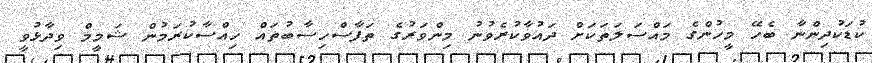
ކުޑަކުދިންނާ ބެހޭ މީހުންގެ މައްސަލަތަކަށް ދައުވާކުރެވުނު މިންވަރުގެ ތަފާސްހިސާބުތައް ހިއްސާކުރަމުން ޝަމީމް ވިދާޅުވީ